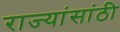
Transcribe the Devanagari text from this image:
राज्यांसांठी